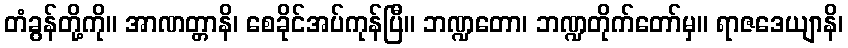
တံခွန်တို့ကို။ အာဏတ္တာနိ၊ စေခိုင်အပ်ကုန်ပြီ။ ဘဏ္ဍတော၊ ဘဏ္ဍတိုက်တော်မှ။ ရာဇဒေယျာနိ၊